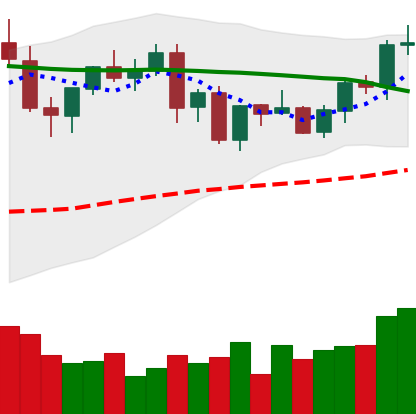
Ticker: EOS-USD
Chart end date: 2021-09-04
Forward return: -15.502%
Label: down_7plus